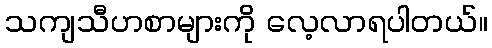
သကျသီဟစာများကို လေ့လာရပါတယ်။